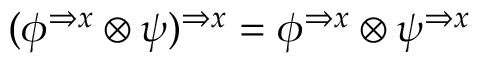
( \phi ^ { \Rightarrow x } \otimes \psi ) ^ { \Rightarrow x } = \phi ^ { \Rightarrow x } \otimes \psi ^ { \Rightarrow x }